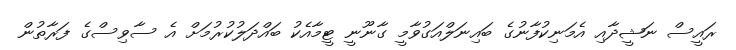
ރައީސް ނަޝީދާއި އެމަނިކުފާނުގެ ބައިނަލްއަގުވާމީ ގާނޫނީ ޓީމާއެކު ބައްދަލުކުރުމަށް އެ ސާވިސްގެ ފަރާތުން